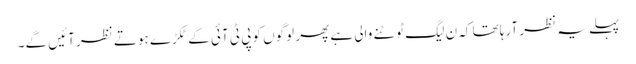
پہلے یہ نظر آرہا تھا کہ ن لیگ ٹوٹنے والی ہے پھر لوگوں کو پی ٹی آئی کے ٹکڑے ہوتے نظر آئیں گے۔